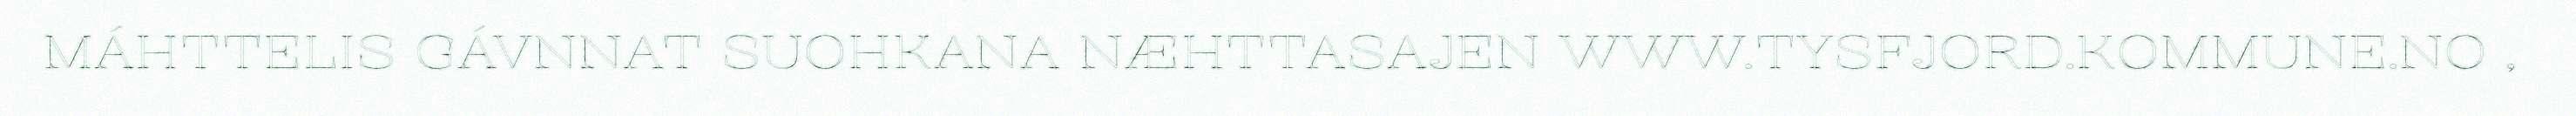
MÁHTTELIS GÁVNNAT SUOHKANA NÆHTTASAJEN WWW.TYSFJORD.KOMMUNE.NO ,